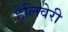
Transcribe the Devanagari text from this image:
डेलिवेरी